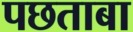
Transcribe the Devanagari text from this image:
पछताबा